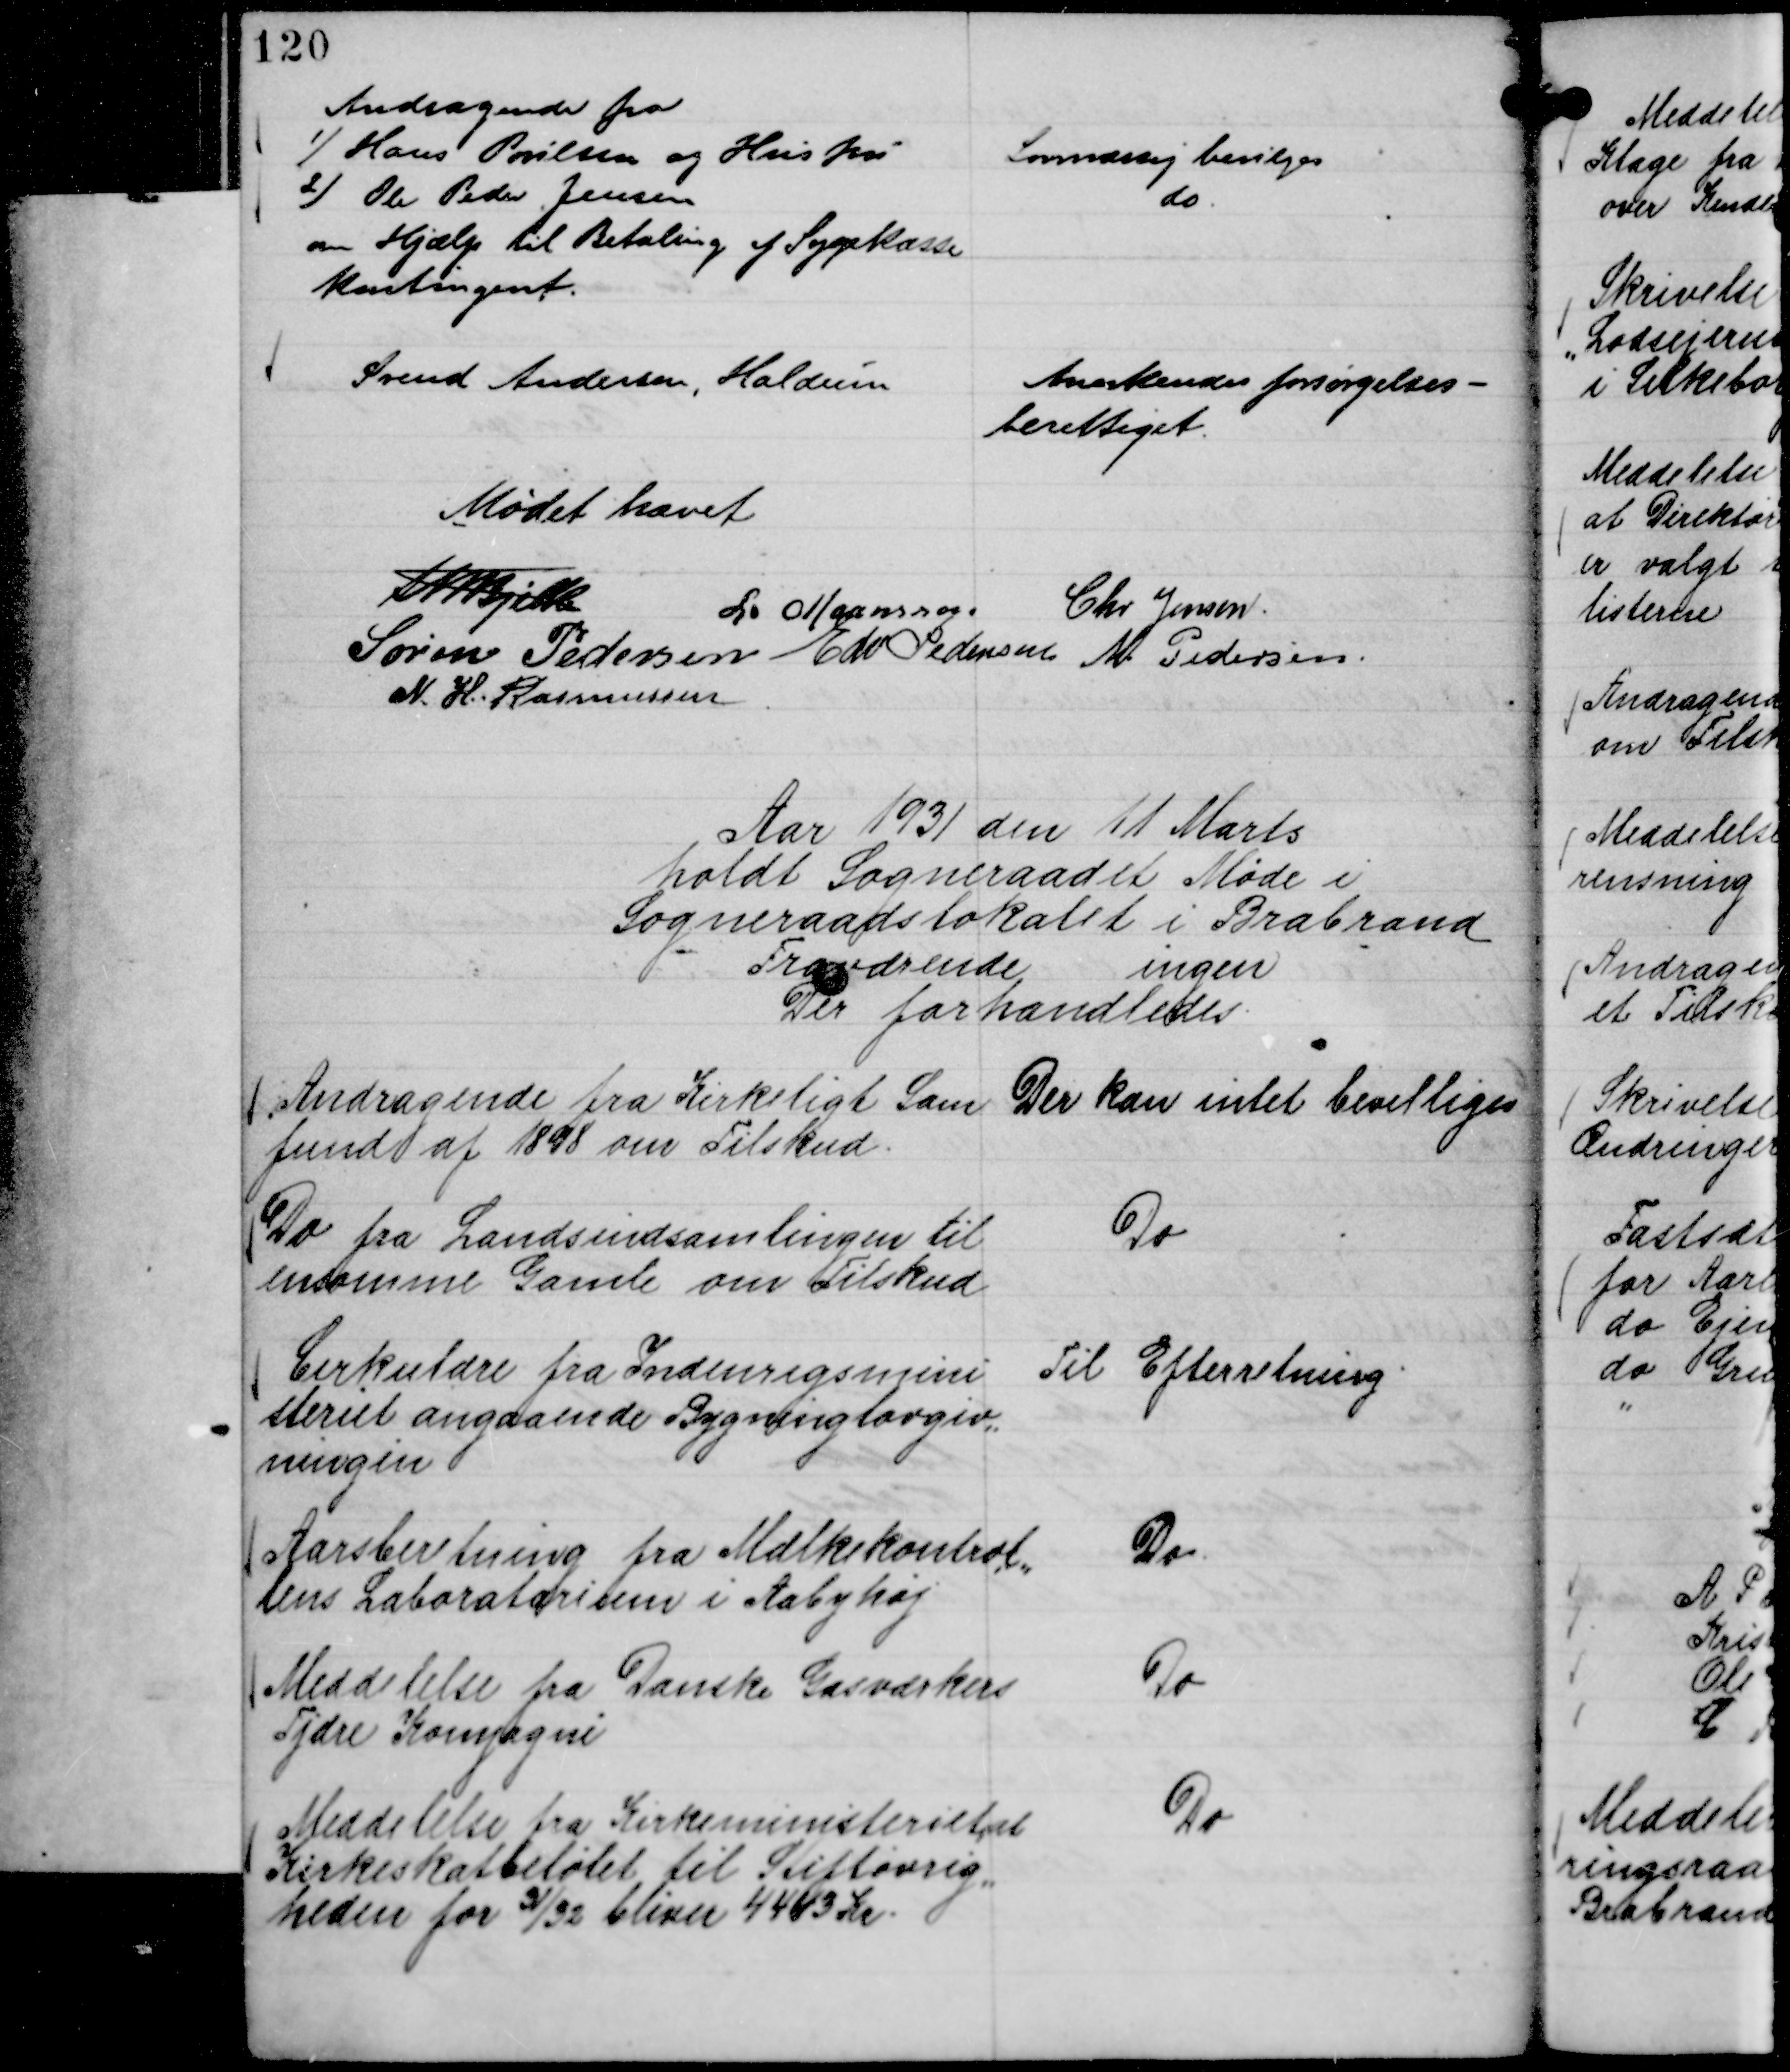
Transskription:
Andragende fra
1) Hans Poulsen og Hustru
2) Ole Peder Jensen
om Hjælp til Betaling af Sygekasse
kontingent.

Lovmæssig bevilges
do.

Svend Andersen, Haldum

Anerkendes forsørgelses-
berettiget.

Mødet hævet
Th Bjelke
L. Maansson
Chr Jensen.
Søren Pedersen
Edv Pedersen
M. Pedersen
N. H. Rasmussen

Aar 1931 den 11 Marts
holdt Sogneraadet Møde i
Sogneraadslokalet i Brabrand
Fraværende ingen
Der forhandledes.

Andragende fra Kirkeligt Sam
fund af 1898 om Tilskud.

Der kan intet bevilliges

Do fra Landsindsamlingen til
ensomme Gamle om Tilskud

Do

Cirkulære fra Indenrigsmini
steriet angaaende Bygninglovgiv,,
ningen

Til Efterretning

Aarsberetning fra Mælkekontrol,,
lens Laboratorium i Aabyhøj

Do.

Meddelelse fra Danske Gasværkers
Tjære Kompagni

Do

Meddelelse fra Kirkeministeriet, at
Kirkeskatbeløbet til Stiftøvrig,,
heden for 31/32 bliver 4443 Kr.

Do